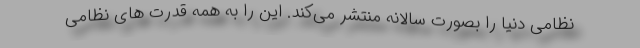
نظامی دنیا را بصورت سالانه منتشر می‌کند. این را به همه قدرت های نظامی